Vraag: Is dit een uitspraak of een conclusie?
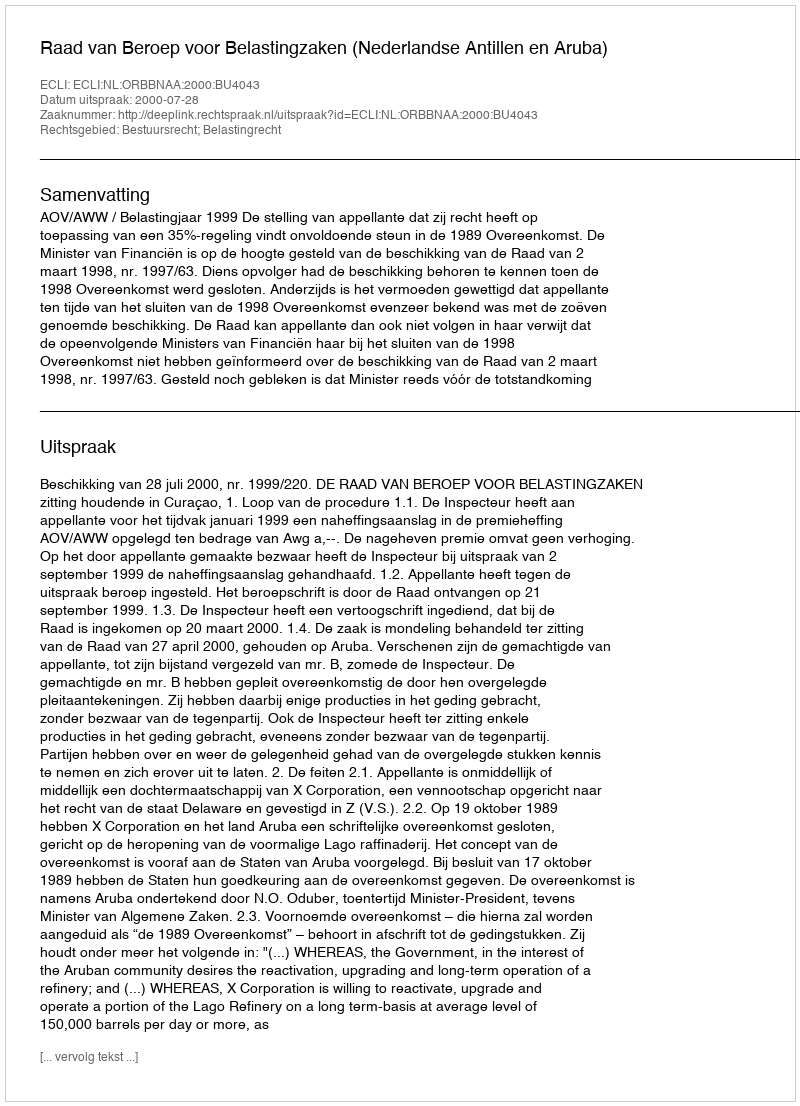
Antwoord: Uitspraak